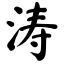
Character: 涛